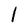
Character: I